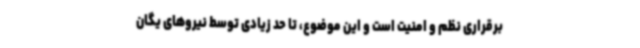
برقراری نظم و امنیت است و این موضوع، تا حد زیادی توسط نیروهای یگان